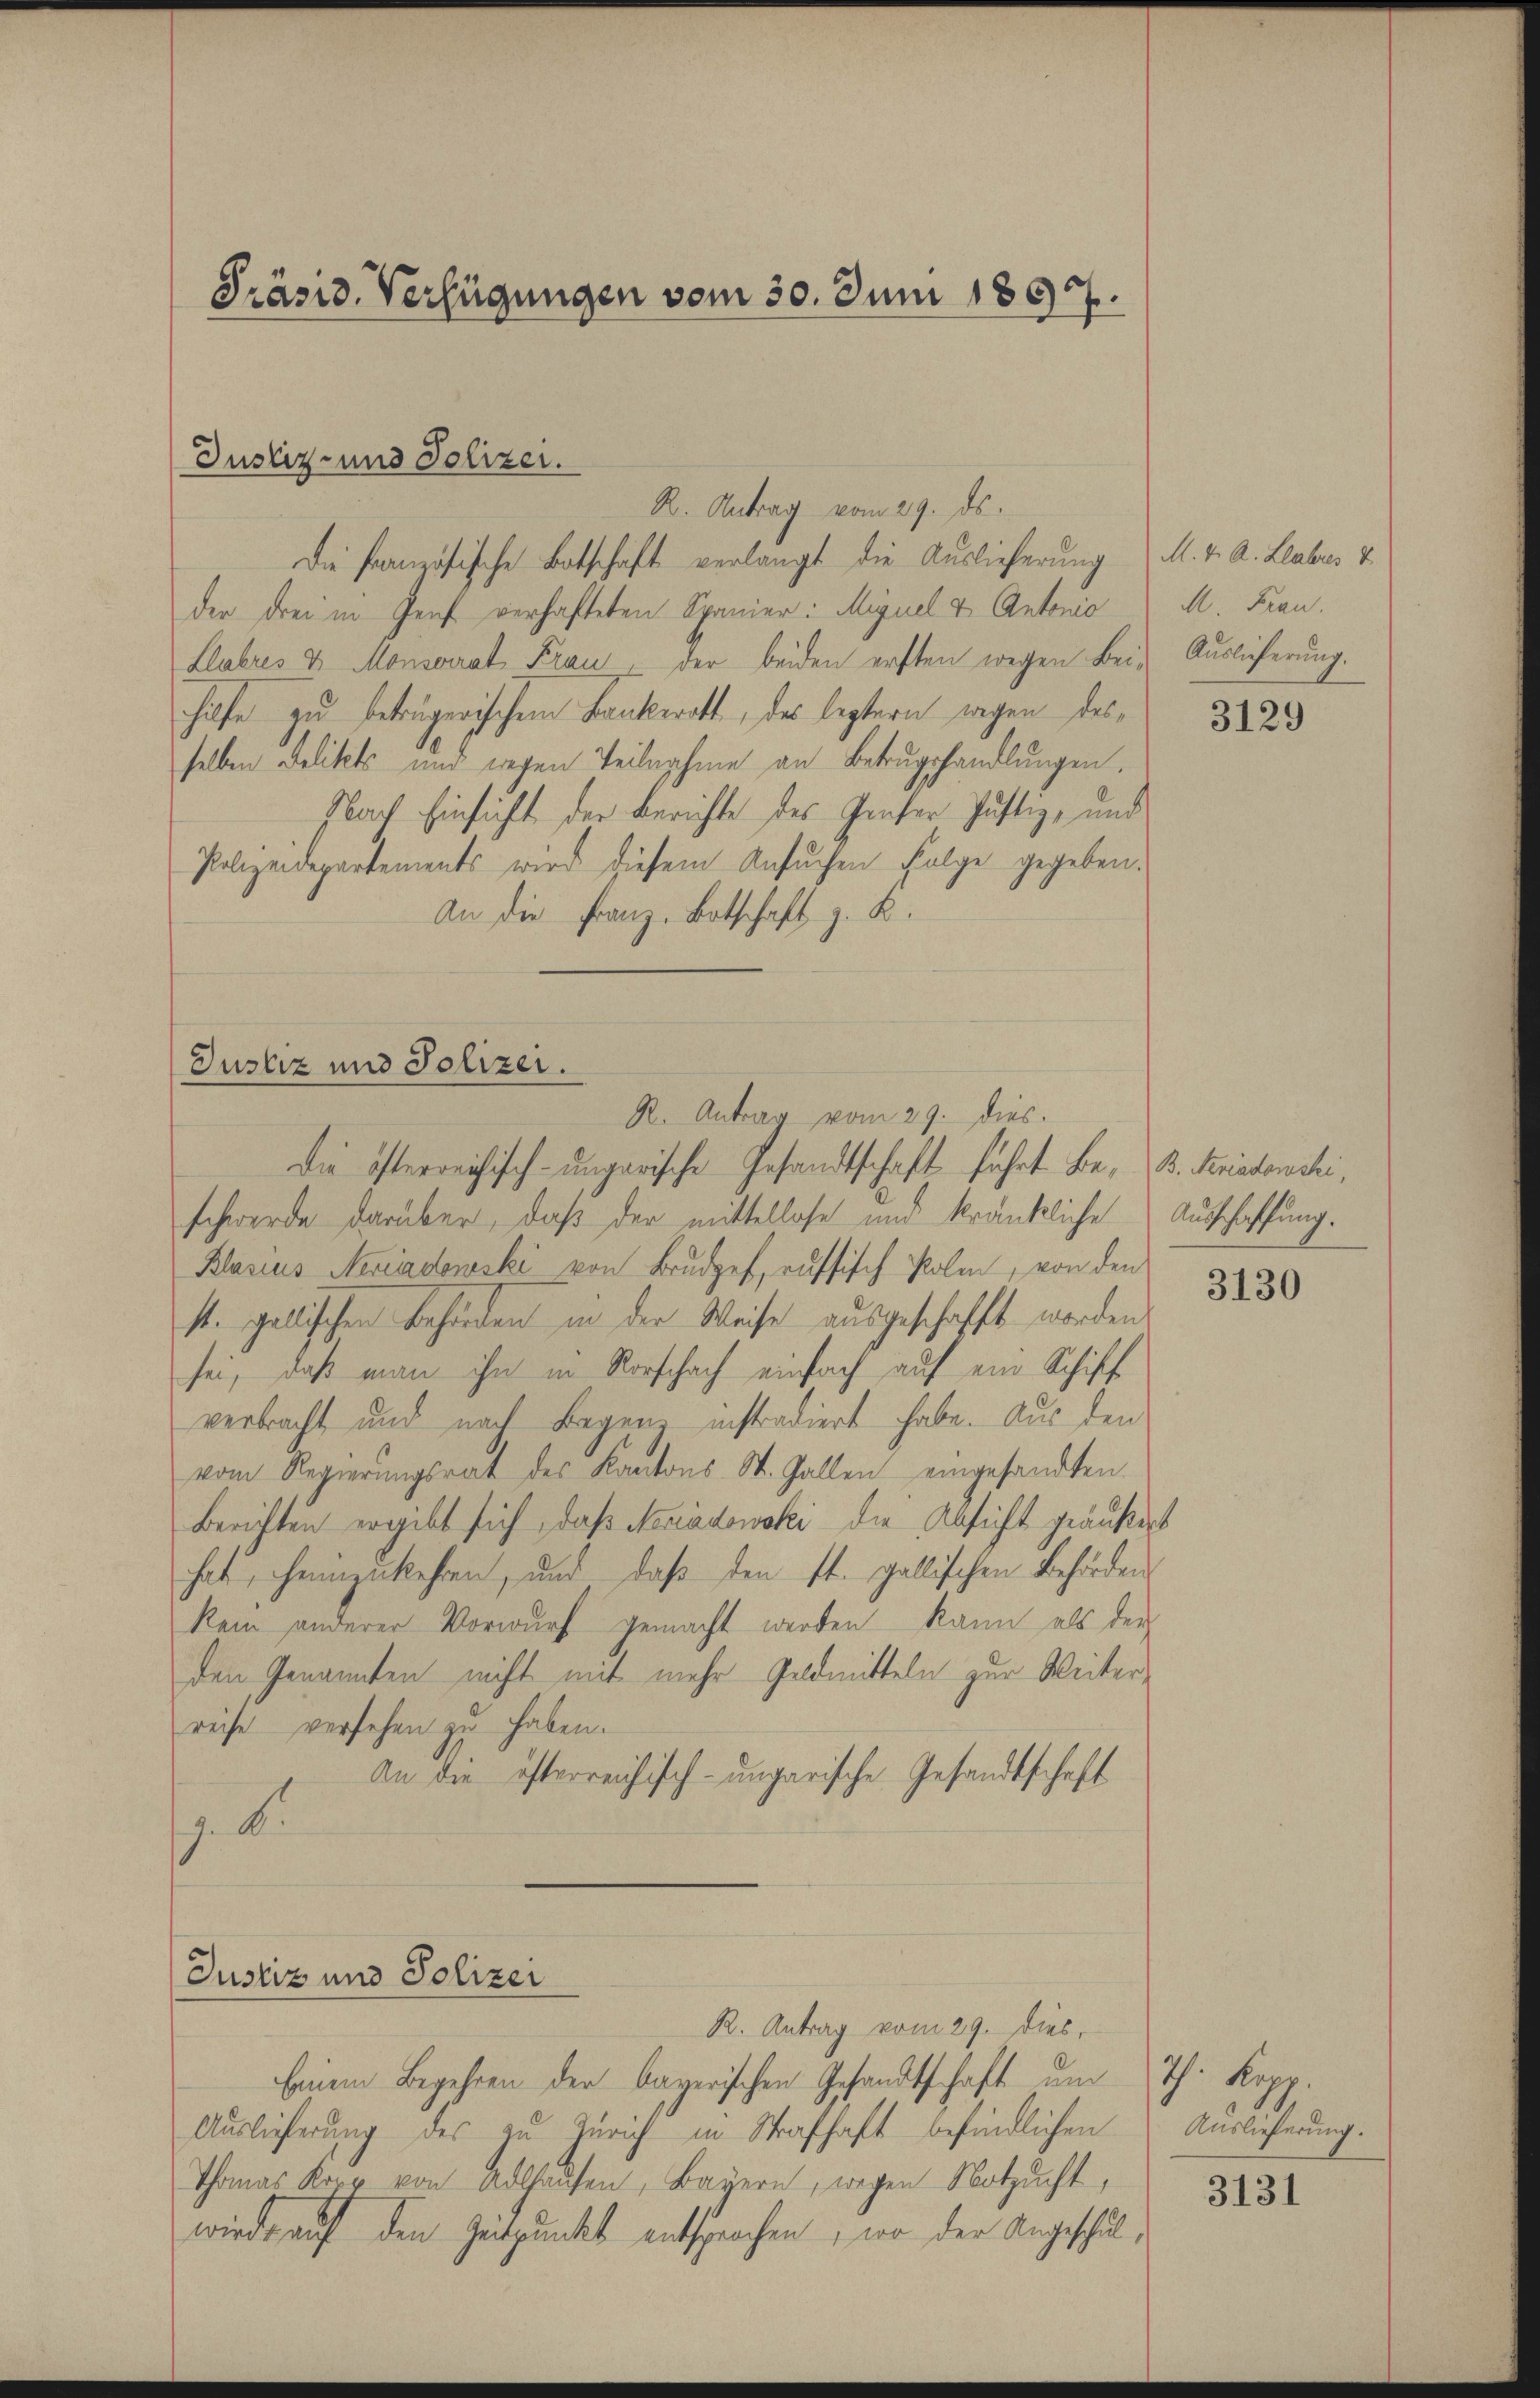
Präsid. Verfügungen vom 30. Juni 1897.

R. Antrag vom 29. ds.
Die Französische Botschaft verlangt die Auslieferung M. v. A. Labes &
der drei in Genf verhafteten Spanier: Miguel & Antonio
Llabres v. Monserrat Frau, der beiden ersten wegen Bei-
hilfe zu betrügerischem Bankerott, des leztern wegen desselben Delikats und wegen Teilnahme an Betrugshandlungen.
Nach Einsicht der Berichte des Grafer Justiz- und
Polizeidepartements wird diesem Ansŭchen Folge gegeben.
An die Franz Botschaft z. B.

Justiz- und Polizei.

Justiz und Polizei.
R. Antrag vom 29. dies.

Die österreichisch-ungarische Gesandtschaft führt Be- B. Krisdowski,
schwerde darüber, daß der mittellose und kränkliche Ausschaffung.
Blasius Meriadowski von Brudef, russisch Polen, von den
st. gallischen Behörden in der Weise ausgeschafft worden
sei, daß man ihn in Vorschach einfach auf ein Schiff
verbracht und nach Begens instradiert habe. Aus den
vom Regierungsrat des Kantons- St. Gallen eingesandten
Berichten ergibt sich, daß Nomadowski die Absicht geäußert
hat, heimzukehren, und daß den st. gallischen Behörden
kam anderer Vorwurf gemacht werden kann als der
den Genannten nicht mit mehr Geldmitteln zur Weiterreise versehen zu haben.
An die österreichisch-ungarische Gesandtschaft
z. B.

Justiz und Polizei
R. Antrag vom 29. dies,

Einem Begehren der bayerischen Gesandtschaft um
Auslieferung des zu Zürich in Strafhaft befindlichen
Thomas Koor von Adlhaŭsen, Bayern, wegen Notzucht,
wird auf den Zeitpunkt entsprochen, wo der Angeschul¬

M. Frau.
Auslieferung.

3129

3130

Th. Keer.
Auslieferung.

3131